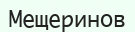
Мещеринов